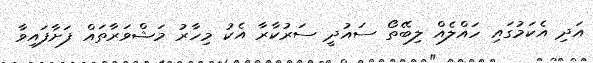
އަދި އެކަމުގައި ހައްލެއް ލިބޭތޯ ސައުދީ ސަރުކާރާ އެކު މިހާރު މަޝްވަރާތައް ފަށާފައިވާ